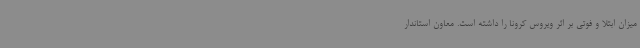
میزان ابتلا و فوتی بر اثر ویروس کرونا را داشته است. معاون استاندار